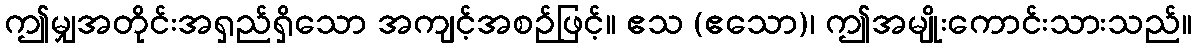
ဤမျှအတိုင်းအရှည်ရှိသော အကျင့်အစဉ်ဖြင့်။ ဧသ (ဧသော)၊ ဤအမျိုးကောင်းသားသည်။